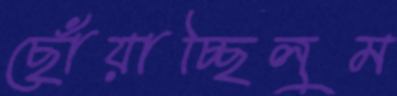
ছোঁয়াচ্ছিলুম